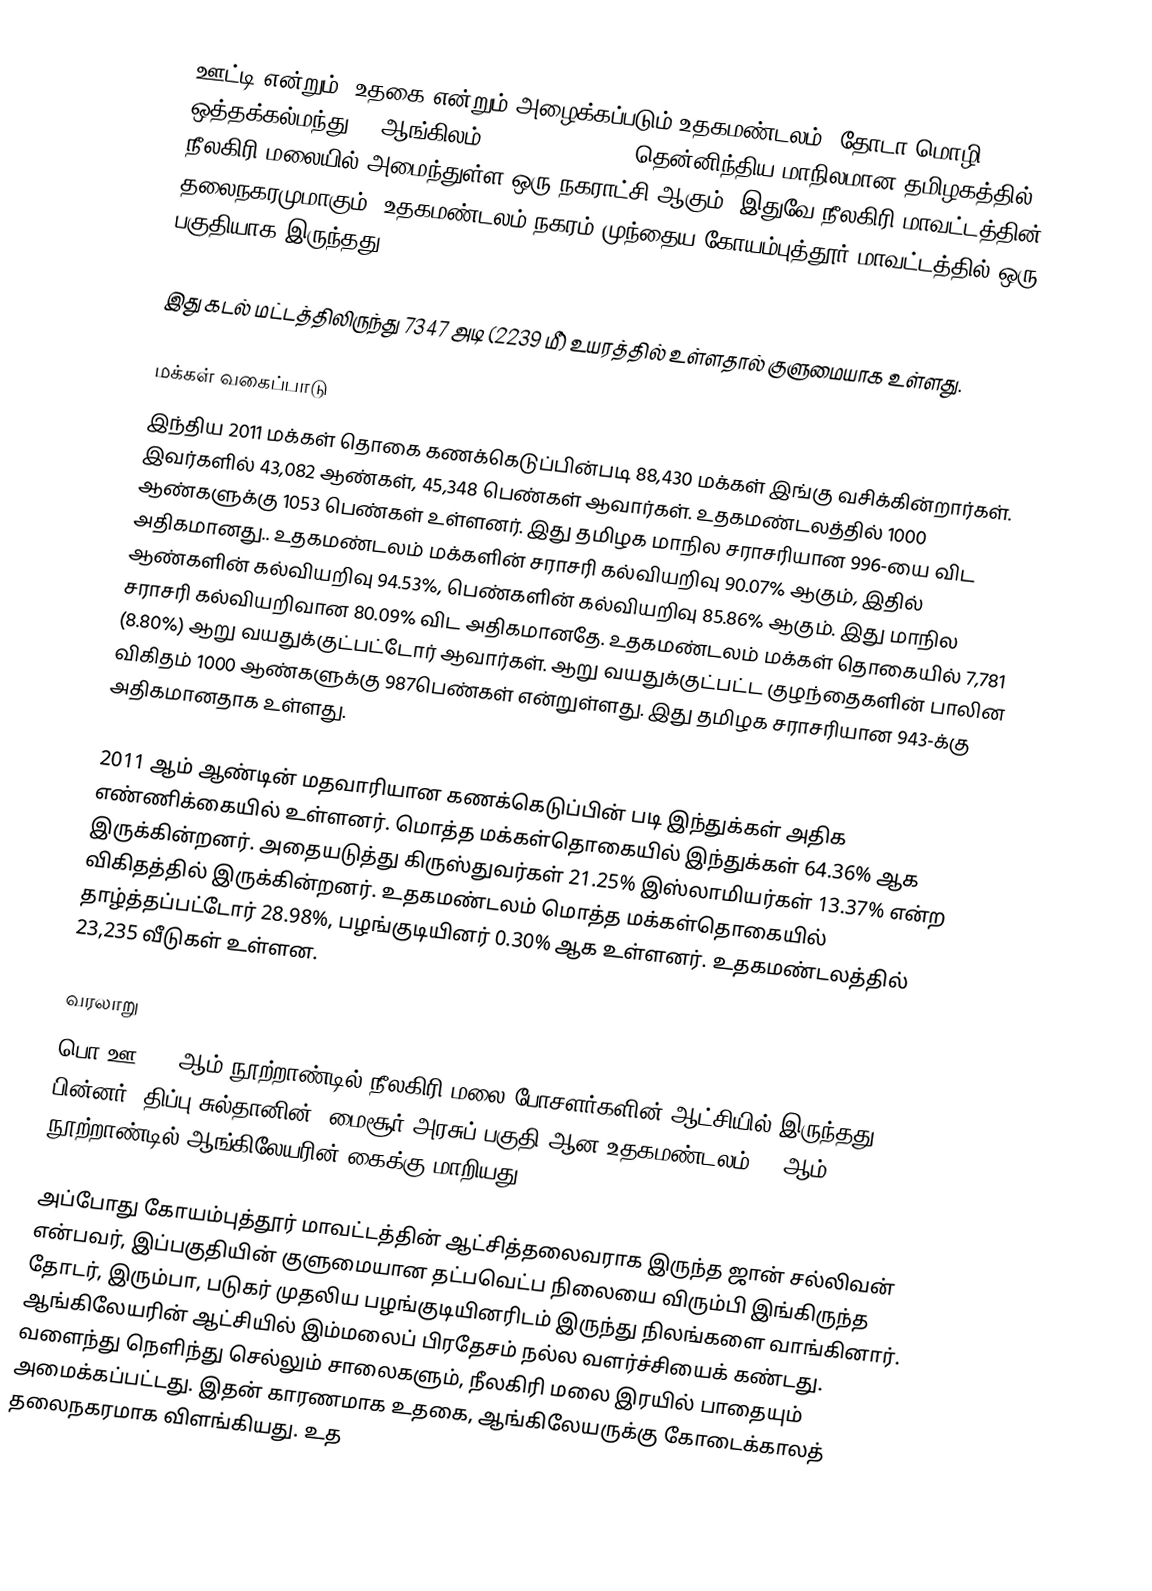
ஊட்டி என்றும், உதகை என்றும் அழைக்கப்படும் உதகமண்டலம் (தோடா மொழி: ஒத்தக்கல்மந்து ) (ஆங்கிலம்: Udhagamandalam) தென்னிந்திய மாநிலமான தமிழகத்தில் நீலகிரி மலையில் அமைந்துள்ள ஒரு நகராட்சி ஆகும். இதுவே நீலகிரி மாவட்டத்தின் தலைநகரமுமாகும். உதகமண்டலம் நகரம் முந்தைய கோயம்புத்தூர் மாவட்டத்தில் ஒரு பகுதியாக இருந்தது.

இது கடல் மட்டத்திலிருந்து 7347 அடி (2239 மீ) உயரத்தில் உள்ளதால் குளுமையாக உள்ளது.

மக்கள் வகைப்பாடு
இந்திய 2011 மக்கள் தொகை கணக்கெடுப்பின்படி 88,430 மக்கள் இங்கு வசிக்கின்றார்கள். இவர்களில் 43,082 ஆண்கள், 45,348 பெண்கள் ஆவார்கள். உதகமண்டலத்தில் 1000 ஆண்களுக்கு 1053 பெண்கள் உள்ளனர். இது தமிழக மாநில சராசரியான 996-யை விட அதிகமானது.. உதகமண்டலம் மக்களின் சராசரி கல்வியறிவு 90.07% ஆகும், இதில் ஆண்களின் கல்வியறிவு 94.53%, பெண்களின் கல்வியறிவு 85.86% ஆகும். இது மாநில சராசரி கல்வியறிவான 80.09% விட அதிகமானதே. உதகமண்டலம் மக்கள் தொகையில் 7,781 (8.80%) ஆறு வயதுக்குட்பட்டோர் ஆவார்கள். ஆறு வயதுக்குட்பட்ட குழந்தைகளின் பாலின விகிதம் 1000 ஆண்களுக்கு 987பெண்கள் என்றுள்ளது. இது தமிழக சராசரியான 943-க்கு அதிகமானதாக உள்ளது.

2011 ஆம் ஆண்டின் மதவாரியான கணக்கெடுப்பின் படி இந்துக்கள் அதிக எண்ணிக்கையில் உள்ளனர். மொத்த மக்கள்தொகையில் இந்துக்கள் 64.36% ஆக இருக்கின்றனர். அதையடுத்து கிருஸ்துவர்கள் 21.25% இஸ்லாமியர்கள் 13.37% என்ற விகிதத்தில் இருக்கின்றனர். உதகமண்டலம் மொத்த மக்கள்தொகையில் தாழ்த்தப்பட்டோர் 28.98%, பழங்குடியினர் 0.30% ஆக உள்ளனர். உதகமண்டலத்தில்  23,235 வீடுகள் உள்ளன.

வரலாறு
பொ.ஊ. 12-ஆம் நூற்றாண்டில் நீலகிரி மலை போசளர்களின் ஆட்சியில் இருந்தது. பின்னர், திப்பு சுல்தானின், மைசூர் அரசுப் பகுதி ஆன உதகமண்டலம் 18-ஆம் நூற்றாண்டில் ஆங்கிலேயரின் கைக்கு மாறியது.

அப்போது கோயம்புத்தூர் மாவட்டத்தின் ஆட்சித்தலைவராக இருந்த ஜான் சல்லிவன் என்பவர், இப்பகுதியின் குளுமையான தட்பவெட்ப நிலையை விரும்பி இங்கிருந்த தோடர், இரும்பா, படுகர் முதலிய பழங்குடியினரிடம் இருந்து நிலங்களை வாங்கினார். ஆங்கிலேயரின் ஆட்சியில் இம்மலைப் பிரதேசம் நல்ல வளர்ச்சியைக் கண்டது. வளைந்து நெளிந்து செல்லும் சாலைகளும், நீலகிரி மலை இரயில் பாதையும் அமைக்கப்பட்டது. இதன் காரணமாக உதகை, ஆங்கிலேயருக்கு கோடைக்காலத் தலைநகரமாக விளங்கியது. உத